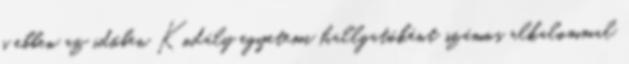
s ebben az időben Kodály egyetemi hallgatóként számos alkalommal